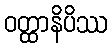
ဝတ္ထာနိပိဿ